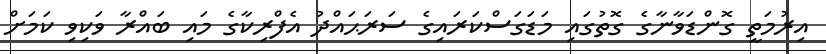
އިރުމަތީ ގޮންޑަވާނާގެ ގޮތުގައި މަޑަގަސްކަރައިގެ ސަރަޙައްދު އެފްރިކާގެ މައި ބައްރާ ވަކިވި ކަމަށް